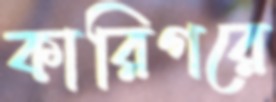
কারিগরে